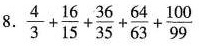
8. $$frac{4}{3}+\frac{16}{15}+\frac{36}{35}+\frac{64}{63}+\frac{100}{99}$$